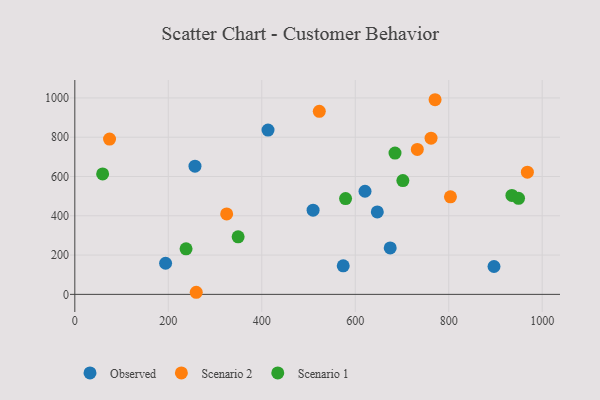
{"axis": {"x": "Study Hours", "y": "Sales"}, "legend": ["Observed", "Scenario 1", "Scenario 2"], "data": [{"x": "509.8", "y": 428.3, "type": "Observed"}, {"x": "194.2", "y": 158.4, "type": "Observed"}, {"x": "674.8", "y": 236.3, "type": "Observed"}, {"x": "647.2", "y": 419.6, "type": "Observed"}, {"x": "413.4", "y": 836.1, "type": "Observed"}, {"x": "257.1", "y": 652.7, "type": "Observed"}, {"x": "620.9", "y": 524.8, "type": "Observed"}, {"x": "574.3", "y": 145.1, "type": "Observed"}, {"x": "896.9", "y": 141.7, "type": "Observed"}, {"x": "324.9", "y": 409.7, "type": "Scenario 2"}, {"x": "259.8", "y": 10.6, "type": "Scenario 2"}, {"x": "523.1", "y": 931.7, "type": "Scenario 2"}, {"x": "74.3", "y": 790.5, "type": "Scenario 2"}, {"x": "732.8", "y": 737.8, "type": "Scenario 2"}, {"x": "803.7", "y": 496.3, "type": "Scenario 2"}, {"x": "770.8", "y": 990.8, "type": "Scenario 2"}, {"x": "762.2", "y": 794.9, "type": "Scenario 2"}, {"x": "968.3", "y": 621.9, "type": "Scenario 2"}, {"x": "59.5", "y": 612.9, "type": "Scenario 1"}, {"x": "349.4", "y": 292.7, "type": "Scenario 1"}, {"x": "701.9", "y": 579.1, "type": "Scenario 1"}, {"x": "935.2", "y": 503.7, "type": "Scenario 1"}, {"x": "949.4", "y": 489.1, "type": "Scenario 1"}, {"x": "685.1", "y": 719.0, "type": "Scenario 1"}, {"x": "238.0", "y": 231.7, "type": "Scenario 1"}, {"x": "579.3", "y": 487.7, "type": "Scenario 1"}]}